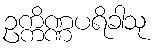
ဥက္ကိဏ္ဏပရိခါသု